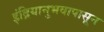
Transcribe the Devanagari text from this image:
इंद्रियानुभवापासून